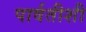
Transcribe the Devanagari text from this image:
पार्वतीशी